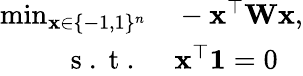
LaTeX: \begin{array}{rl}{\operatorname*{min}_{\mathbf{x}\in\{ -1,1\} ^{n}}}&{{}-\mathbf{x}^{\top}\mathbf{W}\mathbf{x},}\\ {\mathrm{~s~.~t~.~}}&{{}\mathbf{x}^{\top}\mathbf{1}=0}\end{array}